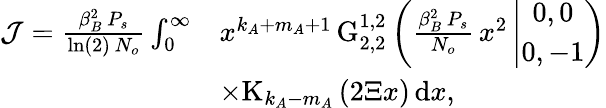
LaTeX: \begin{array}{rl}{\mathcal{J}=\frac{\beta_{B}^{2}\, P_{s}}{\ln(2)\, N_{o}}\int_{0}^{\infty}}&{x^{k_{A}+m_{A}+1}\, \mathrm{G}_{2,2}^{1,2}\left(\frac{\beta_{B}^{2}\, P_{s}}{N_{o}}\, x^{2}\left|\begin{array}{c}{0,0}\\ {0,-1}\end{array}\right.\right)}\\ &{\times\mathrm{K}_{k_{A}-m_{A}}\left(2\Xi x\right)\, \mathrm{d}x,}\end{array}